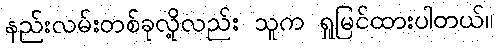
နည်းလမ်းတစ်ခုလို့လည်း သူက ရှုမြင်ထားပါတယ်။